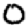
Digit: 0